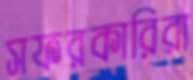
সফরকারিরা